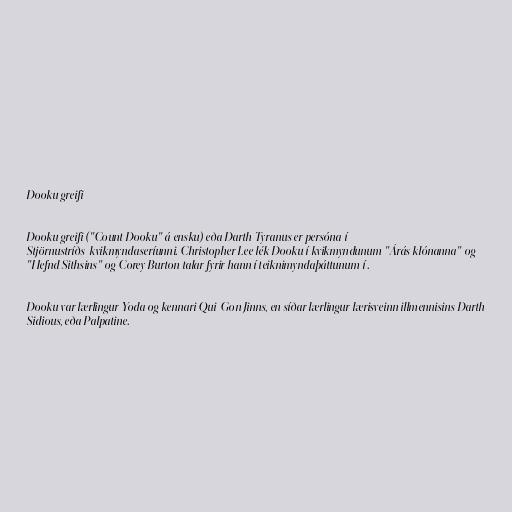
Dooku greifi

Dooku greifi ("Count Dooku" á ensku) eða Darth Tyranus er persóna í
Stjörnustríðs-kvikmyndaseríunni. Christopher Lee lék Dooku í kvikmyndunum "Árás klónanna" og
"Hefnd Sithsins" og Corey Burton talar fyrir hann í teiknimyndaþáttunum í .

Dooku var lærlingur Yoda og kennari Qui-Gon Jinns, en síðar lærlingur lærisveinn illmennisins Darth
Sidious, eða Palpatine.